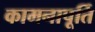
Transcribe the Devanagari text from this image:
कामनापूर्ति